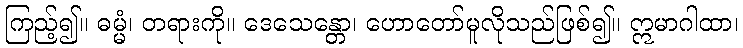
ကြည့်၍။ ဓမ္မံ၊ တရားကို။ ဒေသေန္တော၊ ဟောတော်မူလိုသည်ဖြစ်၍။ ဣမာဂါထာ၊